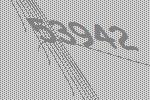
53942